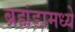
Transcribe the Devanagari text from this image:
ब्रह्मंडामध्ये